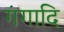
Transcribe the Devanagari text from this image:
गंगादि